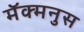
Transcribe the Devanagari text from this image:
मॅक्मनुस